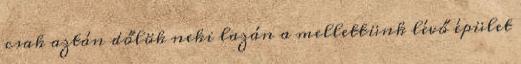
csak aztán dőlök neki lazán a mellettünk lévő épület